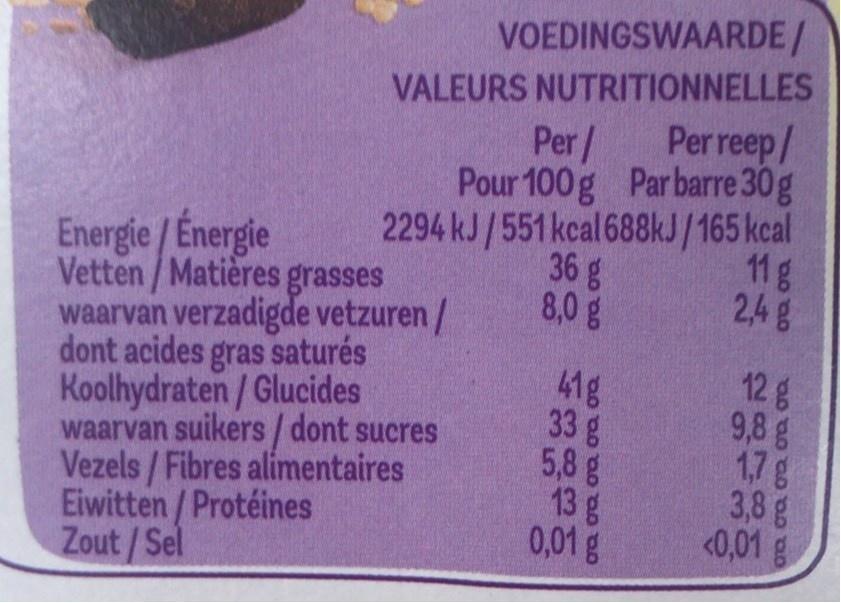
VOEDINGSWAARDE/
VALEURS NUTRITIONNELLES
Perreep/
Per/ Pour 100g Parbarre 30g 2294 kJ/551 kcal 688KJ/165 kcal 36g 8,0g
Energie / Énergie Vetten/Matières grasses waarvan verzadigde vetzuren / dont acides gras saturés Koolhydraten / Glucides waarvan suikers / dont sucres Vezels / Fibres alimentaires Eiwitten / Protéines Zout/Sel
11g 2,4g
41g 33g 5,8g 13 g 0,01 g
12g 9,8g 1,7g 3,8g <0,01 g